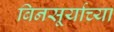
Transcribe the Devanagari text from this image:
बिनसूर्याच्या